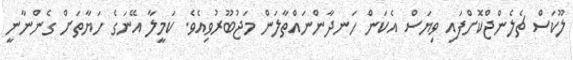
ލޫކަސް ޗެލެންޖްކޮށްފައި ވިޔަސް އެކަން ހަނދާންނައްތާލަން މަޖުބޫރުވިއެވެ. ކަމީލާ އޭނަގެ ހަޔާތަށް ގެންނާނީ